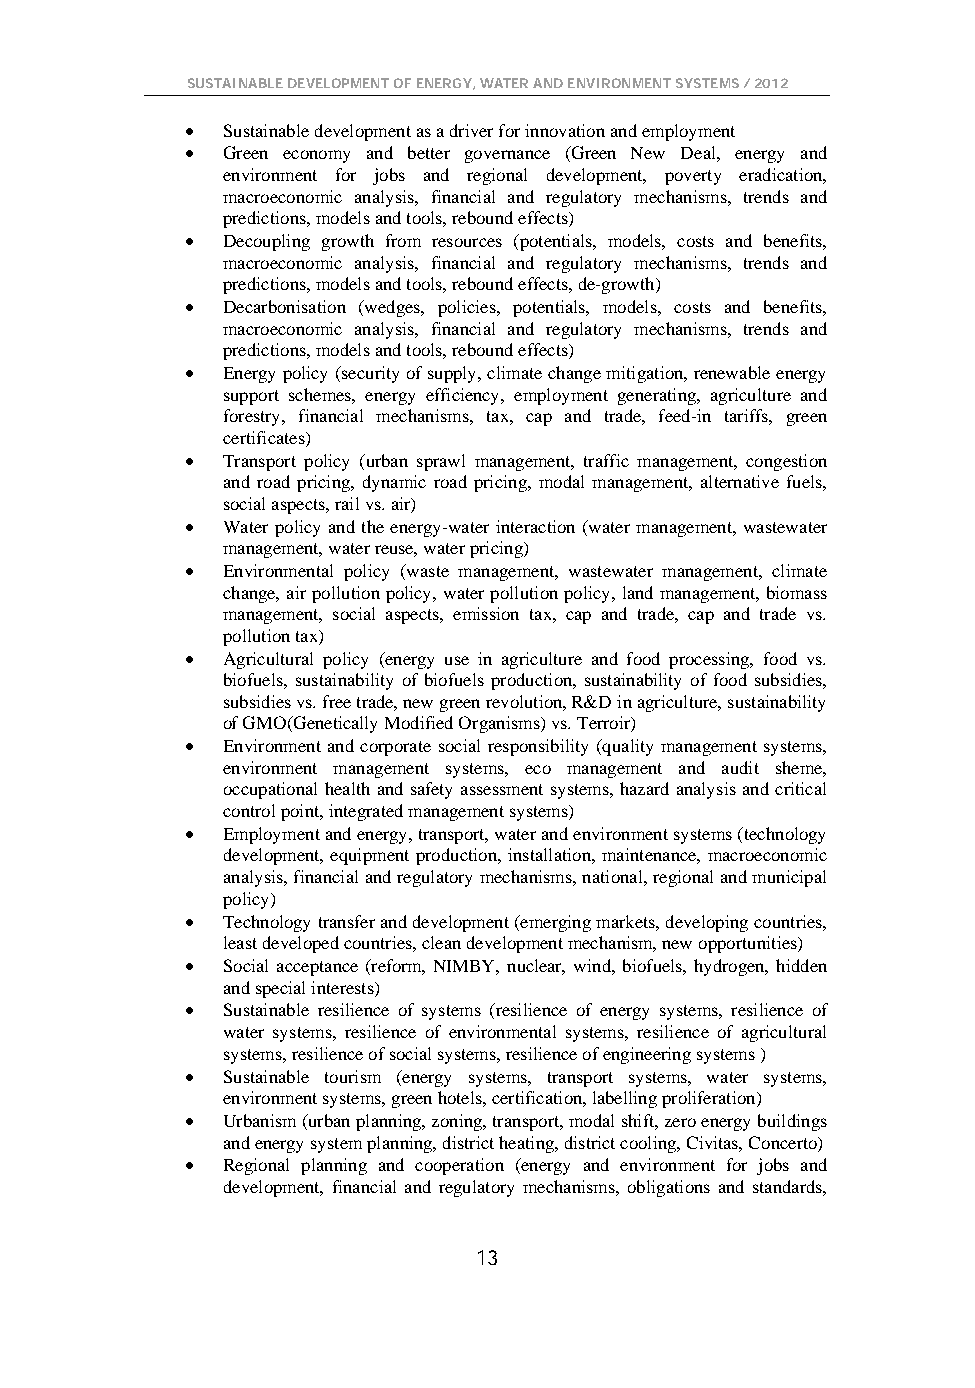
SUSTAINABLE DEVELOPMENT OF ENERGY, WATER AND ENVIRONMENT SYSTEMS / 2012
 •  Sustainable development as a driver for innovation and employment
 •  Green economy and better governance (Green New Deal, energy and
 environment for jobs and regional development, poverty eradication,
 macroeconomic analysis, financial and regulatory mechanisms, trends and
 predictions, models and tools, rebound effects)
 •  Decoupling growth from resources (potentials, models, costs and benefits,
 macroeconomic analysis, financial and regulatory mechanisms, trends and
 predictions, models and tools, rebound effects, de-growth)
 •  Decarbonisation (wedges, policies, potentials, models, costs and benefits,
 macroeconomic analysis, financial and regulatory mechanisms, trends and
 predictions, models and tools, rebound effects)
 •  Energy policy (security of supply, climate change mitigation, renewable energy
 support schemes, energy efficiency, employment generating, agriculture and
 forestry, financial mechanisms, tax, cap and trade, feed-in tariffs, green
 certificates)
 •  Transport policy (urban sprawl management, traffic management, congestion
 and road pricing, dynamic road pricing, modal management, alternative fuels,
 social aspects, rail vs. air)
 •  Water policy and the energy-water interaction (water management, wastewater
 management, water reuse, water pricing)
 •  Environmental policy (waste management, wastewater management, climate
 change, air pollution policy, water pollution policy, land management, biomass
 management, social aspects, emission tax, cap and trade, cap and trade vs.
 pollution tax)
 •  Agricultural policy (energy use in agriculture and food processing, food vs.
 biofuels, sustainability of biofuels production, sustainability of food subsidies,
 subsidies vs. free trade, new green revolution, R&D in agriculture, sustainability
 of GMO(Genetically Modified Organisms) vs. Terroir)
 •  Environment and corporate social responsibility (quality management systems,
 environment management systems, eco management and audit sheme,
 occupational health and safety assessment systems, hazard analysis and critical
 control point, integrated management systems)
 •  Employment and energy, transport, water and environment systems (technology
 development, equipment production, installation, maintenance, macroeconomic
 analysis, financial and regulatory mechanisms, national, regional and municipal
 policy)
 •  Technology transfer and development (emerging markets, developing countries,
 least developed countries, clean development mechanism, new opportunities)
 •  Social acceptance (reform, NIMBY, nuclear, wind, biofuels, hydrogen, hidden
 and special interests)
 •  Sustainable resilience of systems (resilience of energy systems, resilience of
 water systems, resilience of environmental systems, resilience of agricultural
 systems, resilience of social systems, resilience of engineering systems )
 •  Sustainable tourism (energy systems, transport systems, water systems,
 environment systems, green hotels, certification, labelling proliferation)
 •  Urbanism (urban planning, zoning, transport, modal shift, zero energy buildings
 and energy system planning, district heating, district cooling, Civitas, Concerto)
 •  Regional planning and cooperation (energy and environment for jobs and
 development, financial and regulatory mechanisms, obligations and standards,
 13